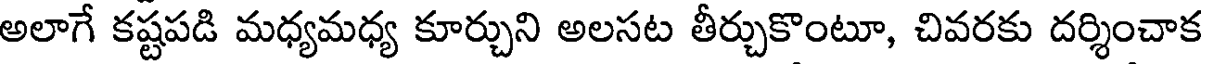
అలాగే కష్టపడి మధ్యమధ్య కూర్చుని అలసట తీర్చుకొంటూ, చివరకు దర్శించాక